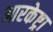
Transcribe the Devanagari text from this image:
आरकेष्ट्रा